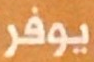
بوفر